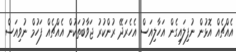
އެއްޗެއް އޮޅުން ނުފިލައިގެން އަހާލިއަސް އެހެރަދޭ ރުންކުރު ޖަވާބުތަކުން އެއްޗެއް ފަހުމް ނުވިއަސް